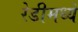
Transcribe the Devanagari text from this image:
रेडीमध्ये